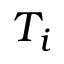
T _ { i }